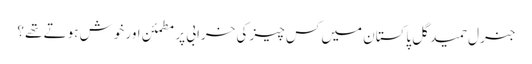
جنرل حمید گل پاکستان میں کس چیز کی خرابی پر مطمئن اور خوش ہوتے تھے ؟